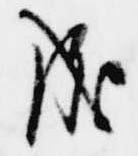
成